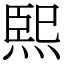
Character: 𤋮